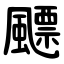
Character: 飃